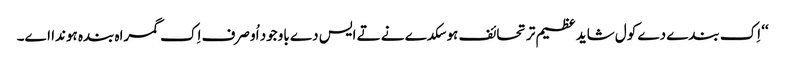
‘‘ اِک بندے دے کول شاید عظیم تر تحائف ہو سکدے نے تے ایس دے باوجود اُو صرف اِک گمراہ بندہ ہوندا اے۔